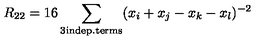
R _ { 2 2 } = 1 6 \sum _ { \mathrm { \tiny { 3 i n d e p . t e r m s } } } ( x _ { i } + x _ { j } - x _ { k } - x _ { l } ) ^ { - 2 }